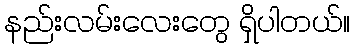
နည်းလမ်းလေးတွေ ရှိပါတယ်။